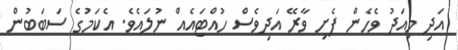
އަދި މިއަދު ވެހެން ފެށި ވާރޭ އަދިވެސް ހުއްޓައެއް ނުލައެވެ. އެކަމުގެ ސަބަބުން